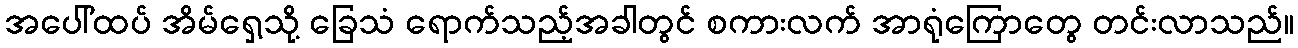
အပေါ်ထပ် အိမ်ရှေ့သို့ ခြေသံ ရောက်သည့်အခါတွင် စကားလက် အာရုံကြောတွေ တင်းလာသည်။